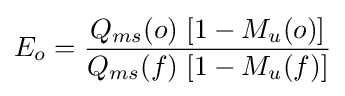
E_{o}={\frac {Q_{ms}(o)\;[1-M_{u}(o)]}{Q_{ms}(f)\;[1-M_{u}(f)]}}